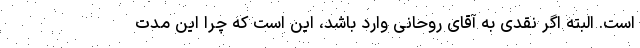
است. البته اگر نقدی به آقای روحانی وارد باشد، این است که چرا این مدت